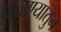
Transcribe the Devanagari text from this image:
पाळण्यातुन